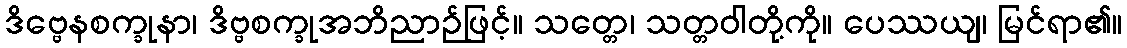
ဒိဗ္ဗေနစက္ခုနာ၊ ဒိဗ္ဗစက္ခုအဘိညာဉ်ဖြင့်။ သတ္တေ၊ သတ္တဝါတို့ကို။ ပေဿယျ၊ မြင်ရာ၏။